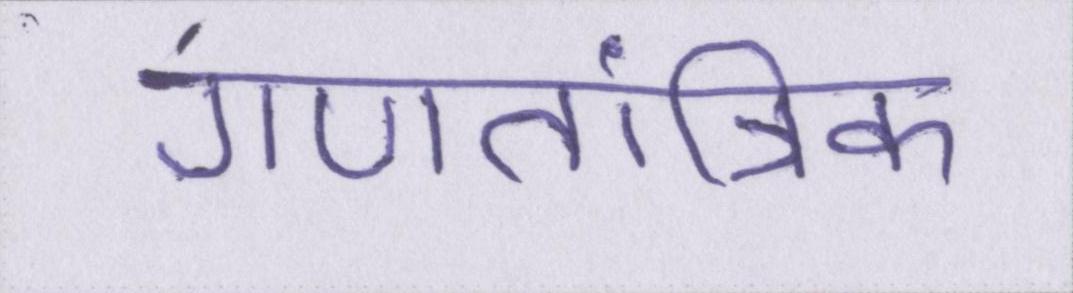
गणतांत्रिक